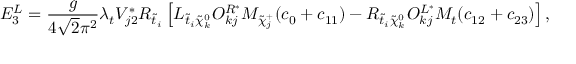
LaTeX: E _ { 3 } ^ { L } = \frac { g } { 4 \sqrt 2 \pi ^ { 2 } } \lambda _ { t } V _ { j 2 } ^ { * } R _ { \tilde { t } _ { i } } \left[ L _ { \tilde { t } _ { i } \tilde { \chi } _ { k } ^ { 0 } } O _ { k j } ^ { R ^ { * } } M _ { \tilde { \chi } _ { j } ^ { + } } ( c _ { 0 } + c _ { 1 1 } ) - R _ { \tilde { t } _ { i } \tilde { \chi } _ { k } ^ { 0 } } O _ { k j } ^ { L ^ { * } } M _ { t } ( c _ { 1 2 } + c _ { 2 3 } ) \right] , ~ ~ ~ ~ ~ ~